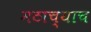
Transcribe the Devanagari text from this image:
मठाच्याच